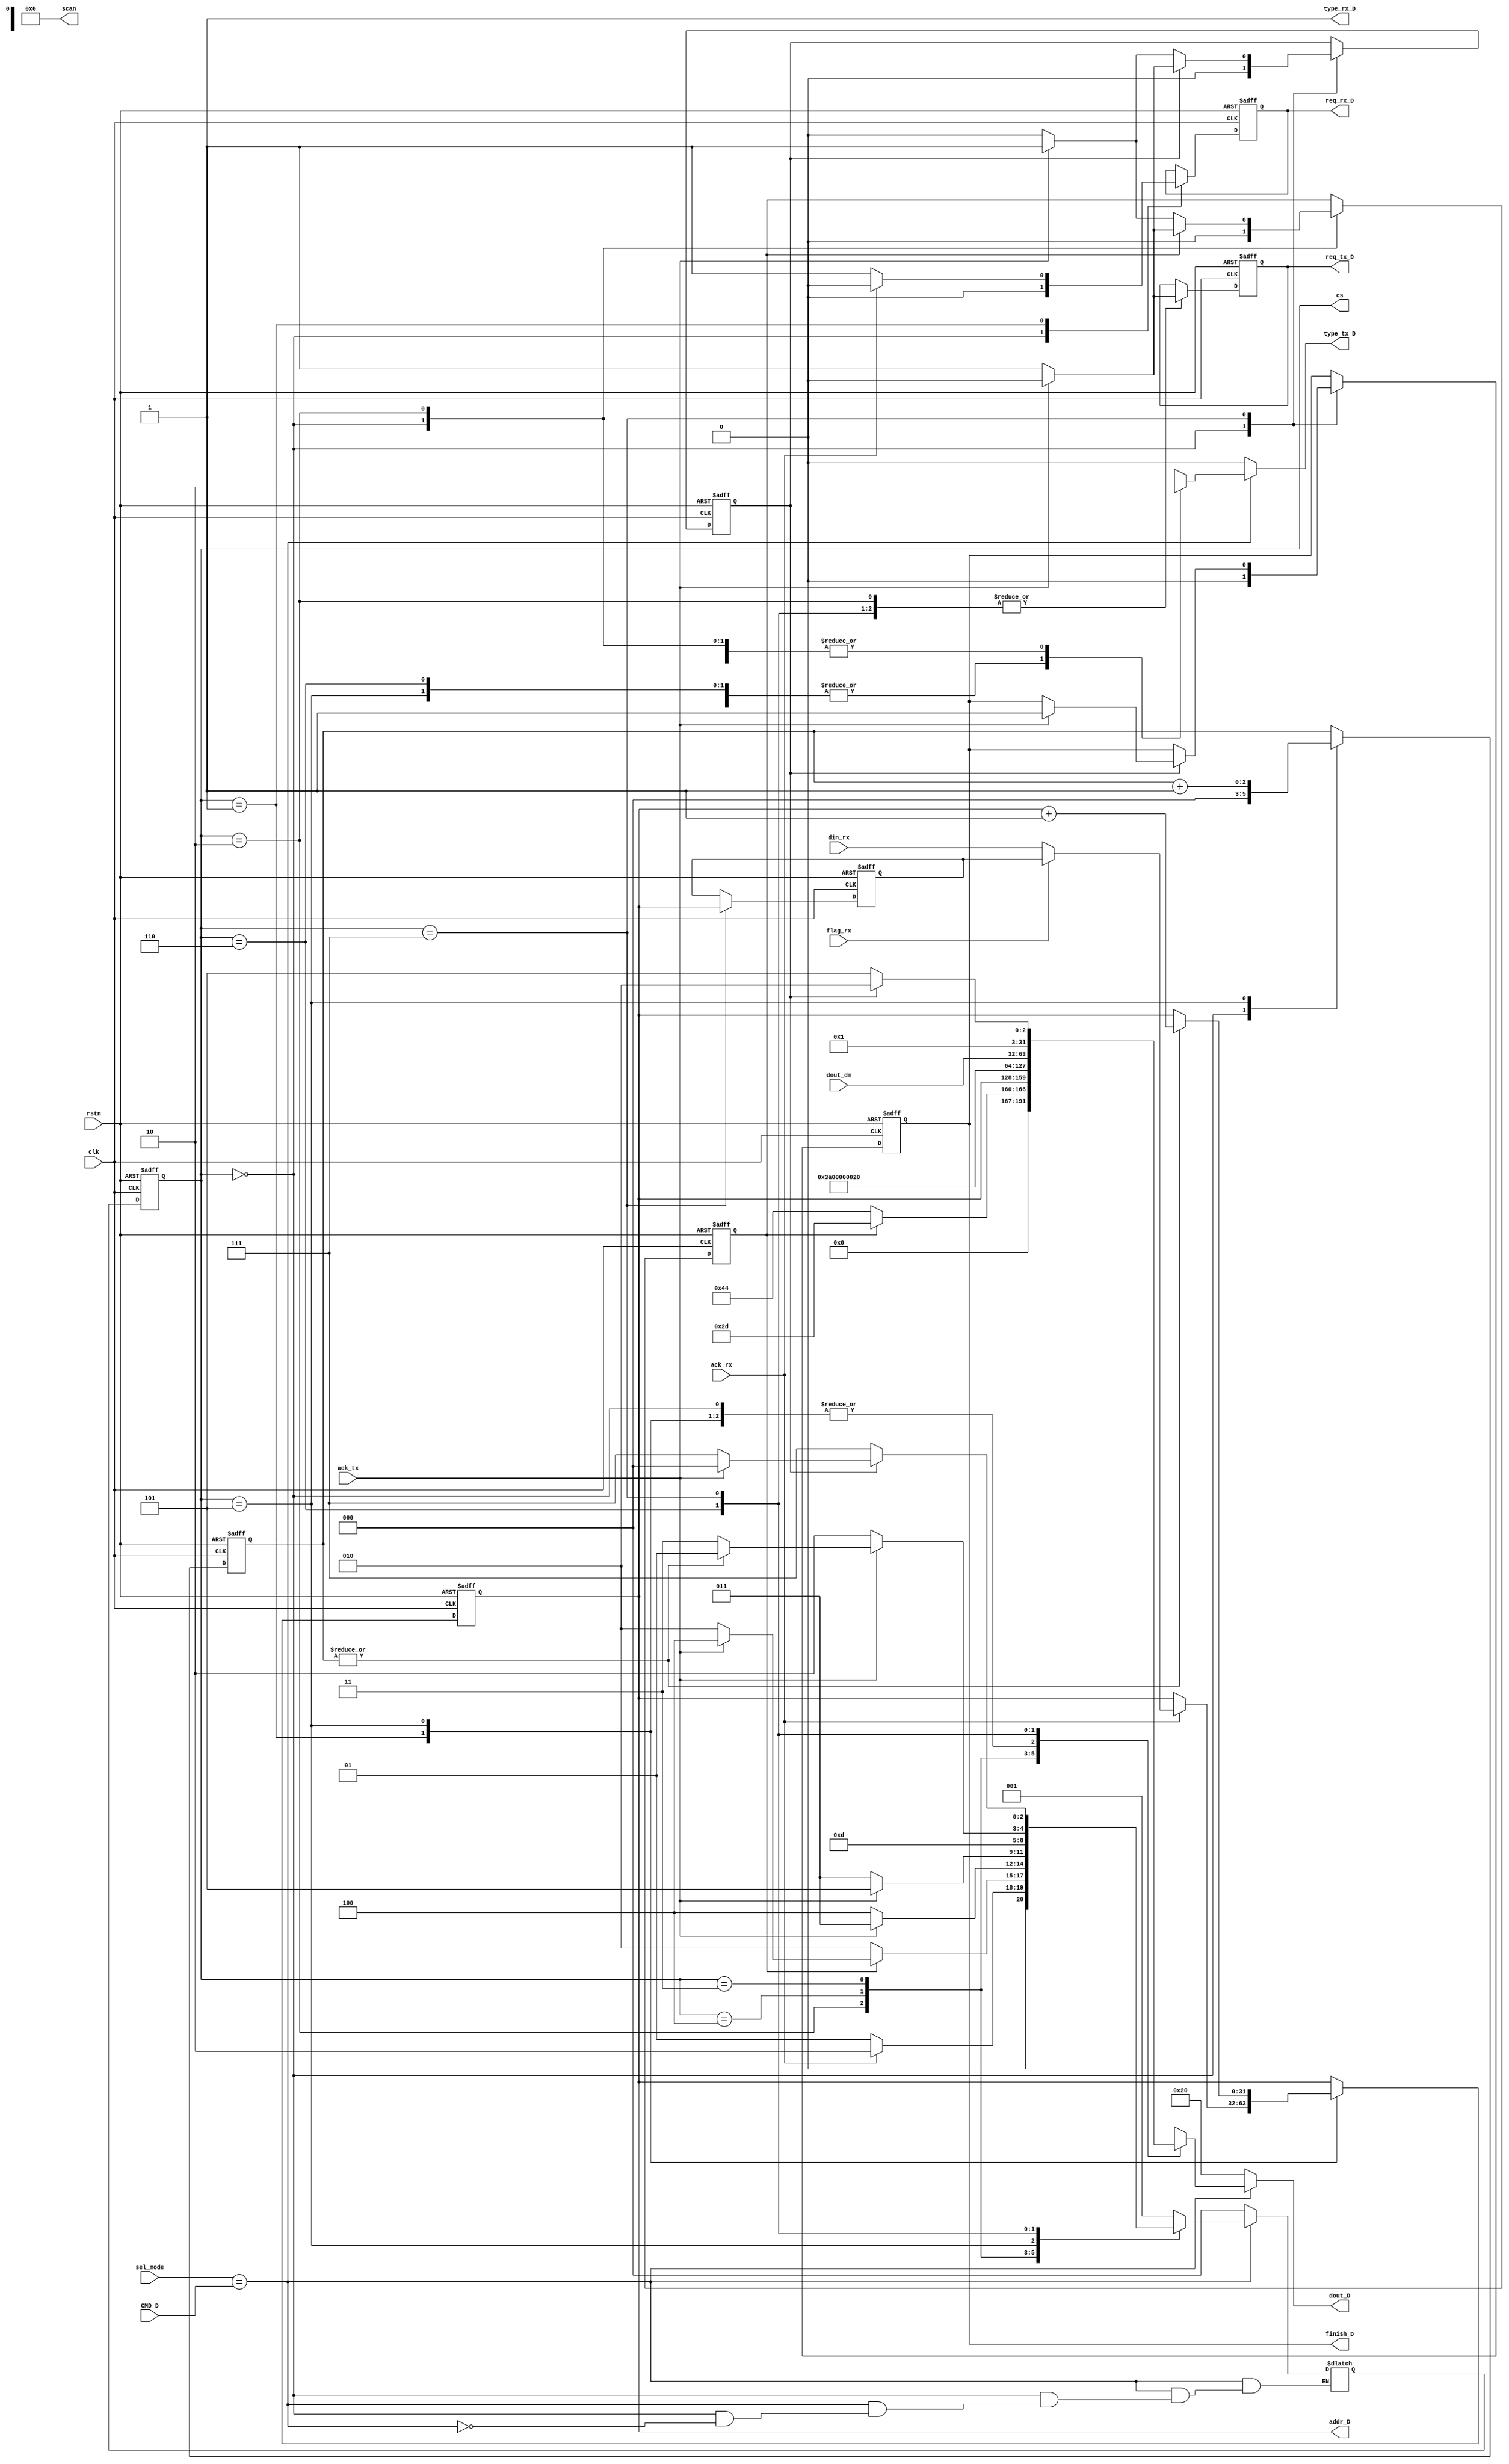
`timescale 1ns / 1ps
module DCP_D(
    input clk,
    input rstn,
    input [7:0] sel_mode,
    input [7:0] CMD_D,
    output reg finish_D,
    //input [31:0] last_addr_D, // the address of the last data when look up last time 
    output [31:0] addr_D, //the address sent to cpu
    input [31:0] din_rx,
    input [31:0] dout_dm, // data memory data output
    //output [31:0] addr, // for CPU to read data
    input ack_rx,
    input flag_rx,
    input ack_tx,
    output reg req_rx_D,
    output type_rx_D,
    output reg req_tx_D,
    output reg type_tx_D,
    output reg [31:0] dout_D,
    output [7:0] scan

    ,output [2:0]cs
);
// finite state machine
    parameter [2:0]
    INIT = 3'h0,
    SCAN = 3'h1,
    PRINT_INF = 3'h2,
    PRINT_MAO = 3'h3,
    PRINTA = 3'h4,
    DATA = 3'h5,
    PRINTD = 3'h6,
    FINISH = 3'h7;
    
    reg [2:0] NS = INIT , CS = INIT;
    reg [31:0] last_addr_D;
    assign type_rx_D = 1;
    //wire flag_rx;
    assign cs = CS;
    //wire [31:0] din_rx;
    //reg [31:0] dout_D;
    reg [31:0] cur_addr; //keep the address of data to print
    reg count_INFO; //used for print many bytes or words
    reg [2:0] count_DATA;
    reg count_FINISH;
    assign addr_D = cur_addr;
    wire we;
    assign we = (sel_mode == CMD_D);

    assign scan = 0;
    always @(posedge clk or negedge rstn) begin
        if(~rstn)begin
            CS <= INIT;
            finish_D <= 0;
            req_rx_D <= 0;
            count_INFO <= 0;
            last_addr_D <= 0;
            cur_addr <= 0;
            count_DATA <= 0;
            count_FINISH <= 0;
            req_tx_D <= 0;
        end
        else begin
        CS <= NS;
        case (CS)
            INIT: begin
                    finish_D <= 0;
                    req_rx_D <= 0;
                    count_INFO <= 0;
                    count_DATA <= 0;
                    count_FINISH <= 0;
            end
            SCAN: begin
                if (~ack_rx) begin
                    req_rx_D <= 1;
                end
                else begin
                    req_rx_D <= 0;
                    if(!flag_rx) 
                    cur_addr <= din_rx;
                    else cur_addr <= last_addr_D;
                end
            end
            PRINT_INF: begin
                if (count_INFO == 0) begin
                    if (ack_tx) begin 
                        count_INFO <= 1;
                        req_tx_D <= 0;
                    end
                    else req_tx_D <= 1;
                end
                else begin
                    if (ack_tx) begin
                        count_INFO <= 0;
                        req_tx_D <= 0;
                    end
                    else req_tx_D <= 1;
                end
            end
            PRINTA: begin
                if (ack_tx) begin
                    req_tx_D <= 0;
                end
                else req_tx_D <= 1;
            end
            PRINT_MAO: begin
                if (ack_tx) begin
                    req_tx_D <= 0;
                end
                else req_tx_D <= 1;
            end
            DATA: begin
                count_DATA <= count_DATA + 1;
                if (|count_DATA) begin
                    cur_addr <= cur_addr + 1;
                end
            end
            PRINTD: begin
                if (ack_tx) begin
                    req_tx_D <= 0;
                end
                else req_tx_D <= 1;
            end
            FINISH: begin
                last_addr_D <= cur_addr;
                if (count_FINISH == 0) begin
                    if (ack_tx) begin 
                        count_FINISH <= 1;
                        req_tx_D <= 0;
                    end
                    else req_tx_D <= 1;
                end
                else begin
                    if (ack_tx) begin
                        count_FINISH <= 0;
                        req_tx_D <= 0;
                        finish_D<=1;
                    end
                    else req_tx_D <= 1;
                end
            end
        endcase
        end
    end

    always @(*) begin
        type_tx_D = 0;
        dout_D = 32'h20;
        if (~we) NS = INIT;
        else case(CS)
            INIT: begin
                if(we) NS = SCAN;
            end
            SCAN: begin
                //type_rx_D = 1;
                if (~ack_rx) NS = SCAN;

                else NS = PRINT_INF;
            end
            // OLDA: begin
            //     if(memory_rdy) NS = PRINTA;
            //     else NS = OLDA;
            // end
            // NEWA: begin
            //     if(memory_rdy) NS = PRINTA;
            //     else NS = NEWA;
            // end
            PRINT_INF: begin //count_INFO =0 print 'D', count_INFO = 1 print '-'
                if (count_INFO == 0) begin
                    type_tx_D = 0;
                    dout_D = 32'h44;
                    NS = PRINT_INF;
                end
                else begin
                    type_tx_D = 0;
                    dout_D = 32'h2D;
                    if (ack_tx) begin
                    NS = PRINTA;
                    end
                    else NS = PRINT_INF;
                end
            end
            PRINTA: begin
                dout_D = cur_addr;
                type_tx_D = 1;
                if (~ack_tx) NS = PRINTA;
                else NS = PRINT_MAO;
            end
            PRINT_MAO: begin
                type_tx_D = 0;
                dout_D = 32'h3A; //print ':'
                if (~ack_tx) NS = PRINT_MAO;
                else NS = DATA;
            end
            DATA: begin
                NS = PRINTD;
                type_tx_D = 1;
            end
            PRINTD: begin
                type_tx_D = 1;
                dout_D = dout_dm;
                if (~ack_tx) NS = PRINTD;
                else begin
                    if (|count_DATA) begin
                        NS = DATA;
                    end
                    else NS = FINISH;
                end
            end
            FINISH: begin
                if (count_FINISH == 0) begin
                    type_tx_D = 0;
                    dout_D = 32'h0d;
                    NS = FINISH;
                end
                else begin
                    type_tx_D = 0;
                    dout_D = 32'h0a;
                    if (ack_tx) begin
                        NS = INIT;
                        
                    end
                    else NS = FINISH;
                end
            end
        endcase
    end

endmodule